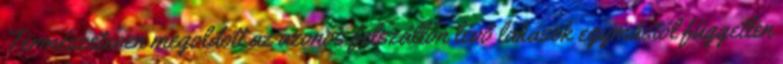
Természetesen megoldott az azonos felszállón lévő lakások egymástól független